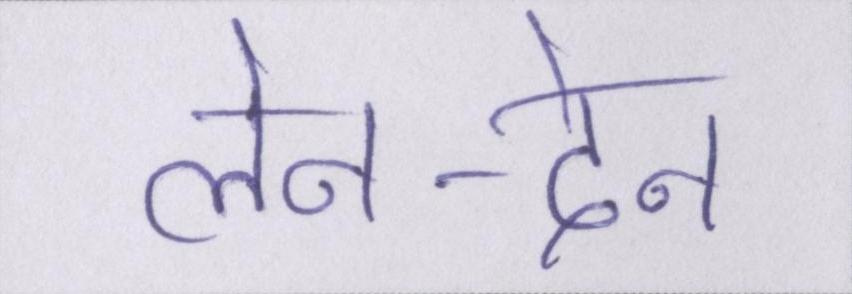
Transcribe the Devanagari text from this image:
लेन-देन